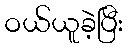
ဝယ်ယူခဲ့ပြီး